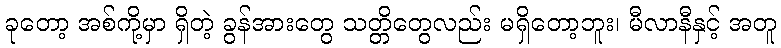
ခုတော့ အစ်ကို့မှာ ရှိတဲ့ ခွန်အားတွေ သတ္တိတွေလည်း မရှိတော့ဘူး၊ မီလာနီနှင့် အတူ